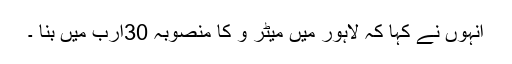
انہوں نے کہا کہ لاہور میں میٹر و کا منصوبہ 30ارب میں بنا ۔